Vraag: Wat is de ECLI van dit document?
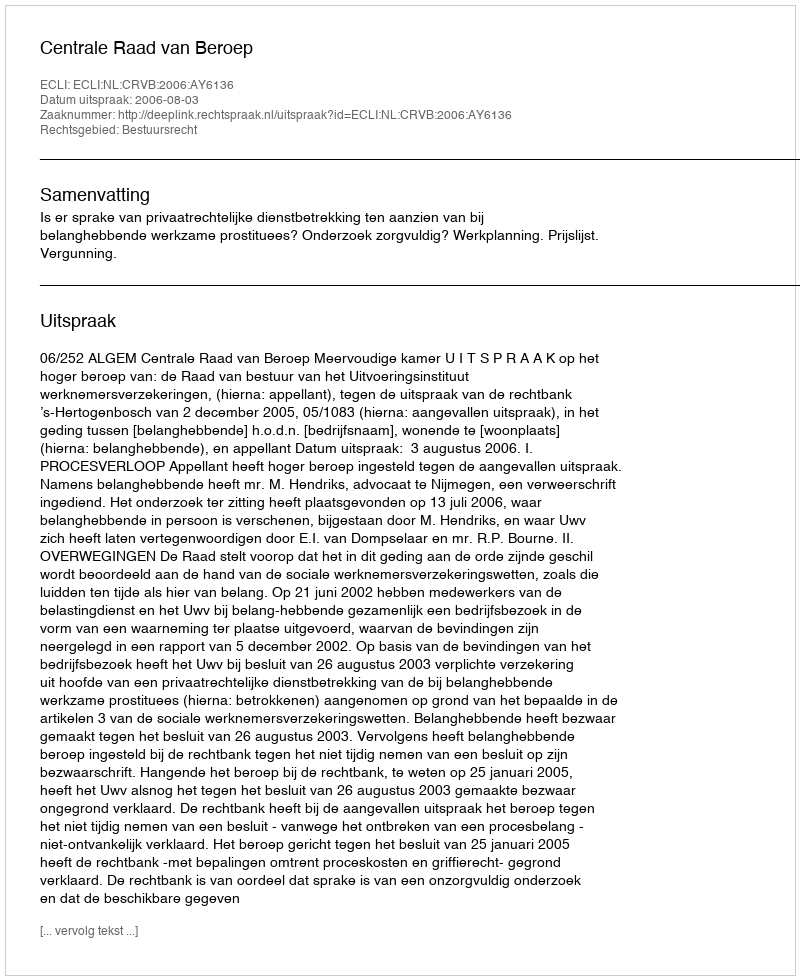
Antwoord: ECLI:NL:CRVB:2006:AY6136